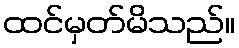
ထင်မှတ်မိသည်။